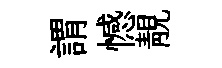
謂憾靚